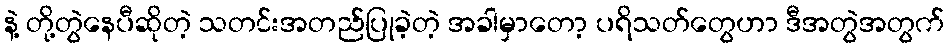
နဲ့ တို့တွဲနေပီဆိုတဲ့ သတင်းအတည်ပြုခဲ့တဲ့ အခါမှာတော့ ပရိသတ်တွေဟာ ဒီအတွဲအတွက်